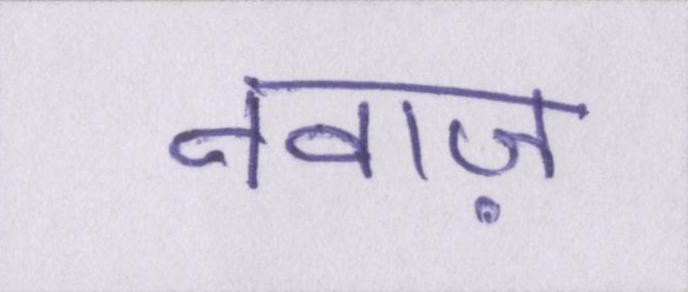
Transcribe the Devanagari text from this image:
नवाज़